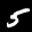
Label: 5